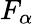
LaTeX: F_{\alpha}